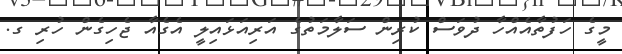
މީގެ ހަފުތާއެއްހާ ދުވަސް ކުރިން ސަލާމަތުގެ އަރިއަޅައިލީ އެގެއާ ޖެހިގެން ހުރި ގ.